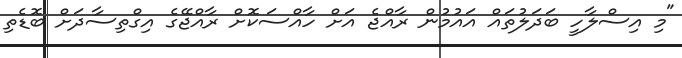
"މި އިސްލާހީ ބަދަލުތައް އައުމުން ރާއްޖެ އަށް ހާއްސަކޮށް ރާއްޖޭގެ އިގްތިސާދަށް ބޮޑެތި